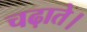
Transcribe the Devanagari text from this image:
चढ़ाते।